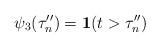
LaTeX: \begin{align*}\psi_{3}(\tau_{n}'')=\bold{1}(t>\tau_{n}'')\end{align*}